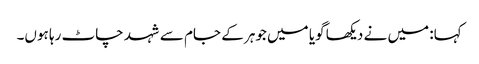
کہا: میں نے دیکھا گویا میں جوہر کے جام سے شہد چاٹ رہا ہوں۔